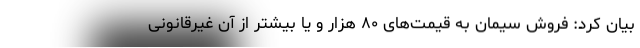
بیان کرد: فروش سیمان به قیمت‌های ۸۰ هزار و یا بیشتر از آن غیرقانونی